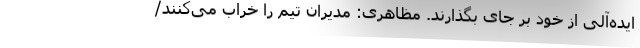
ایده‌آلی از خود بر جای بگذارند. مظاهری: مدیران تیم را خراب می‌کنند/